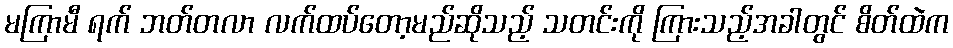
မကြာမီ ရက် ဘတ်တလာ လက်ထပ်တော့မည်ဆိုသည့် သတင်းကို ကြားသည့်အခါတွင် စိတ်ထဲက